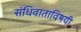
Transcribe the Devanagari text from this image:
संधिवाताविषयी